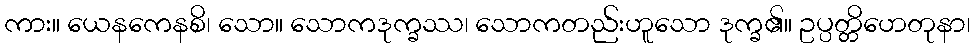
ကား။ ယေနကေနစိ၊ သော။ သောကဒုက္ခဿ၊ သောကတည်းဟူသော ဒုက္ခ၏။ ဥပ္ပတ္တိဟေတုနာ၊